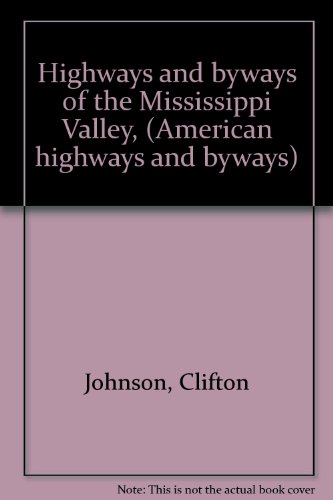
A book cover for Highways and byways of the Mississippi Valley, (American highways and byways); Clifton Johnson; Travel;